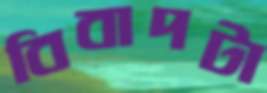
বিবাদটা